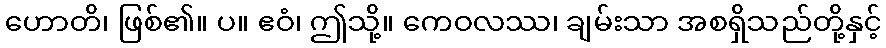
ဟောတိ၊ ဖြစ်၏။ ပ။ ဧဝံ၊ ဤသို့။ ကေဝလဿ၊ ချမ်းသာ အစရှိသည်တို့နှင့်